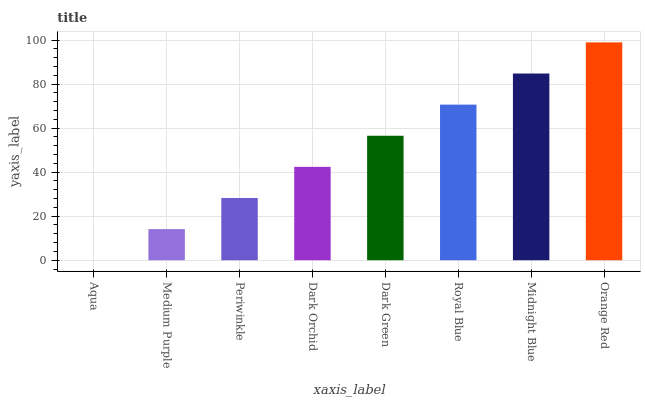
| xaxis_label | bars |
 | --- | --- |
 | Aqua | 0 |
 | Medium Purple | 14.1 |
 | Periwinkle | 28.3 |
 | Dark Orchid | 42.4 |
 | Dark Green | 56.5 |
 | Royal Blue | 70.7 |
 | Midnight Blue | 84.8 |
 | Orange Red | 98.9 |